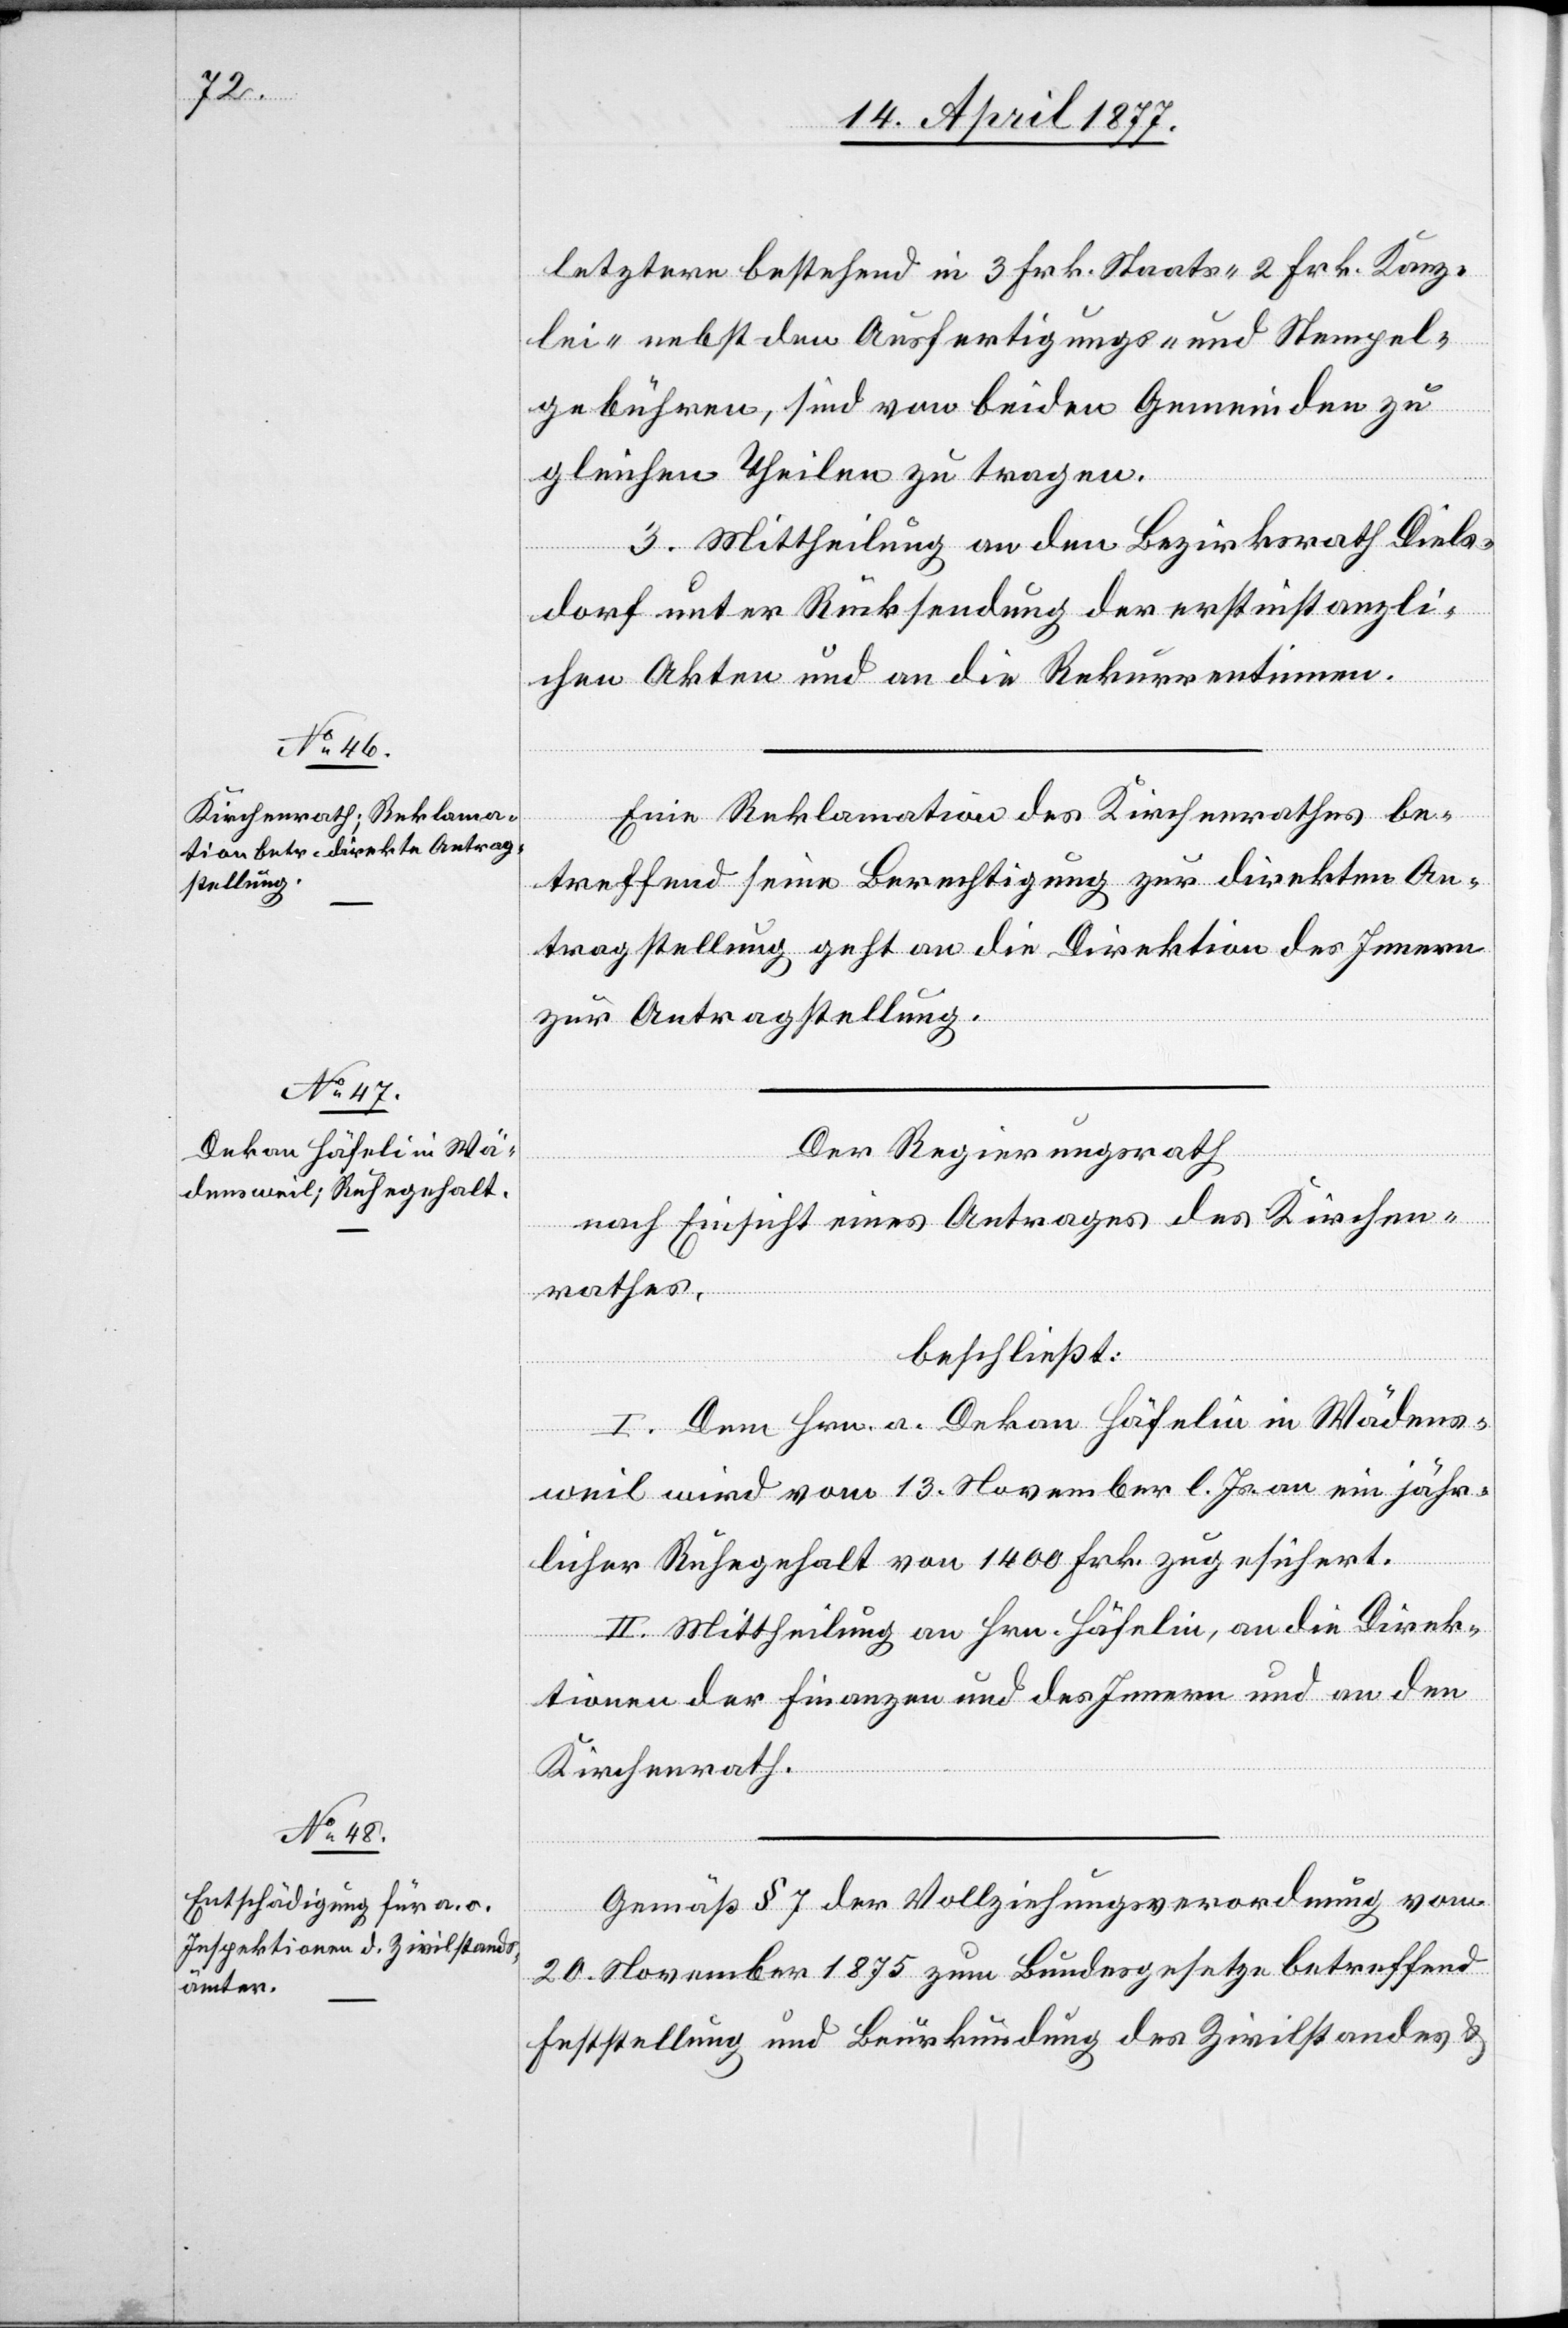
letztere bestehend in 3 Frk. Staats- 2 Frk. Kanz¬
lei- nebst den Ausfertigungs- und Stempel¬
gebühren, sind von beiden Gemeinden zu
gleichen Theilen zu tragen.
3. Mittheilung an den Bezirksrath Diels¬
dorf unter Rücksendung der erstinstanzli¬
chen Akten und an die Rekurrentinnen.
Eine Reklamation des Kirchenrathes be¬
treffend seine Berechtigung zur direkten An¬
tragstellung geht an die Direktion des Innern
zur Antragstellung.
Der Regierungsrath,
nach Einsicht eines Antrages des Kirchen¬
rathes,
beschließt:
I. Dem Hrn. a. Dekan Häfelin [sic!] in Wädens¬
weil wird vom 13. November l. Js. an ein jähr¬
licher Ruhegehalt von 1400 Frk. zugesichert.
II. Mittheilung an Hrn. Häfelin, an die Direk¬
tionen der Finanzen und des Innern und an den
Kirchenrath.
Gemäß § 7 der Vollziehungsverordnung vom
20. November 1875 zum Bundesgesetze betreffend
Feststellung und Beurkundung des Zivilstandes &